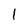
Character: 1